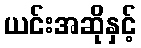
ယင်းအဆိုနှင့်